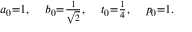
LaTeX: \scriptstyle a _ { 0 } = 1 , \quad b _ { 0 } = { \frac { 1 } { \sqrt { 2 } } } , \quad t _ { 0 } = { \frac { 1 } { 4 } } , \quad p _ { 0 } = 1 .